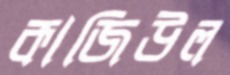
কাজিউল